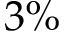
3 \%